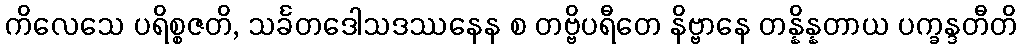
ကိလေသေ ပရိစ္စဇတိ, သင်္ခတဒေါသဒဿနေန စ တဗ္ဗိပရီတေ နိဗ္ဗာနေ တန္နိန္နတာယ ပက္ခန္ဒတီတိ